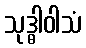
သုဒ္ဓါဝါသံ